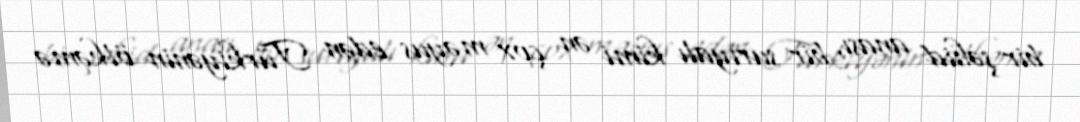
bir şəhid anası, bir suriyalı kimi ən çox məyus edən Türkiyənin ölkəmə